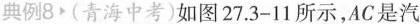
典例8▶(青海中考)如图27.3-11所示，AC是